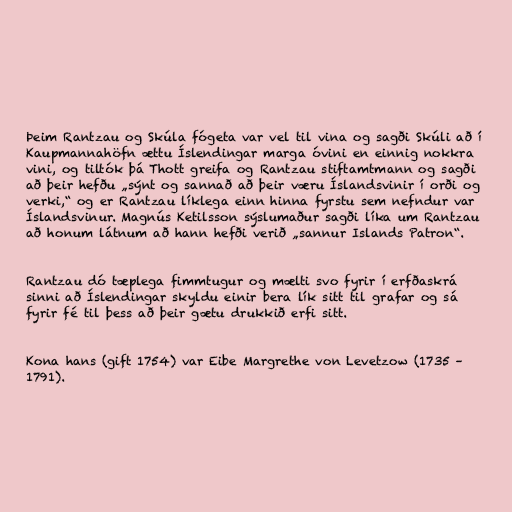
Þeim Rantzau og Skúla fógeta var vel til vina og sagði Skúli að í
Kaupmannahöfn ættu Íslendingar marga óvini en einnig nokkra
vini, og tiltók þá Thott greifa og Rantzau stiftamtmann og sagði
að þeir hefðu „sýnt og sannað að þeir væru Íslandsvinir í orði og
verki,“ og er Rantzau líklega einn hinna fyrstu sem nefndur var
Íslandsvinur. Magnús Ketilsson sýslumaður sagði líka um Rantzau
að honum látnum að hann hefði verið „sannur Islands Patron“.

Rantzau dó tæplega fimmtugur og mælti svo fyrir í erfðaskrá
sinni að Íslendingar skyldu einir bera lík sitt til grafar og sá
fyrir fé til þess að þeir gætu drukkið erfi sitt.

Kona hans (gift 1754) var Eibe Margrethe von Levetzow (1735 –
1791).